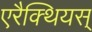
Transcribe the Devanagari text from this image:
एरैक्थियस्‌